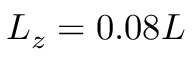
L _ { z } = 0 . 0 8 L